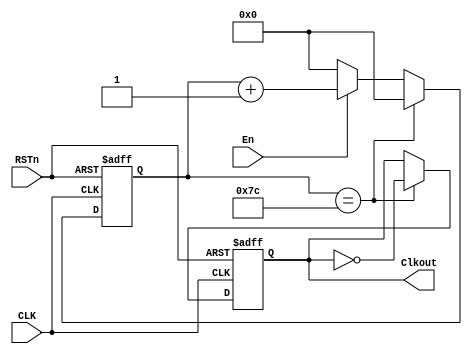
/**********************DAMMSTANGER COPYRIGHT @2016************************/	
//I2C_CLK_Gener
//CLK=200MHz,400k,
//				
//	 dammstanger
//	 20160815
/*************************************************************************/	
module I2C_CLK_Gener (CLK, RSTn, En,Clkout);
	input CLK;
	input RSTn;
	input En;
	output Clkout;
	/********************************************/
	parameter SPEED=9'd400;		//100:100k 400:400k
	
reg	[8:0]rcnt;
reg rBaudclk;
always @ ( posedge CLK or negedge RSTn )
	if( !RSTn )
	begin
		rcnt <= 1'b0;
		rBaudclk <= 1'b0;
	end
	else if((SPEED==400)&&(rcnt==124)||(SPEED==100)&&(rcnt==499))	begin		//125=0.625us F=800kHz 5002.5us F=200kHz
		rBaudclk <= ~rBaudclk;
		rcnt <= 1'b0;
	end
	else begin
		if(En)
			rcnt <= rcnt + 1'b1;
		else
			rcnt <= 1'b0;
	end




/***********************************/
 assign Clkout = rBaudclk;

endmodule

/**********************END OF FILE COPYRIGHT @2016************************/